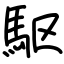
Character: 駆